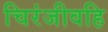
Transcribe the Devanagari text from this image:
चिरंजीवहि